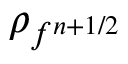
\rho _ { f ^ { n + 1 / 2 } }